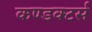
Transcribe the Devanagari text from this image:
कण्डक्टर्स